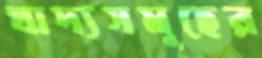
খাদ্যসমূহের